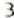
3